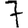
Digit: 7